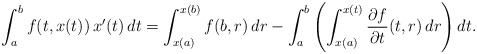
\begin{align*}\int_a^b{f(t,x(t)) \, x'(t) \, dt}=\int_{x(a)}^{x(b)}{f(b,r) \, dr}-\int_a^b {\left(\int_{x(a)}^{x(t)}{\dfrac{\partial f}{\partial t}(t,r) \, dr} \right) dt }. \end{align*}